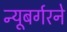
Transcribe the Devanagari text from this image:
न्यूबर्गरने